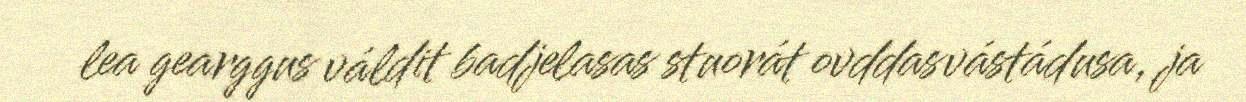
lea gearggus váldit badjelasas stuorát ovddasvástádusa, ja